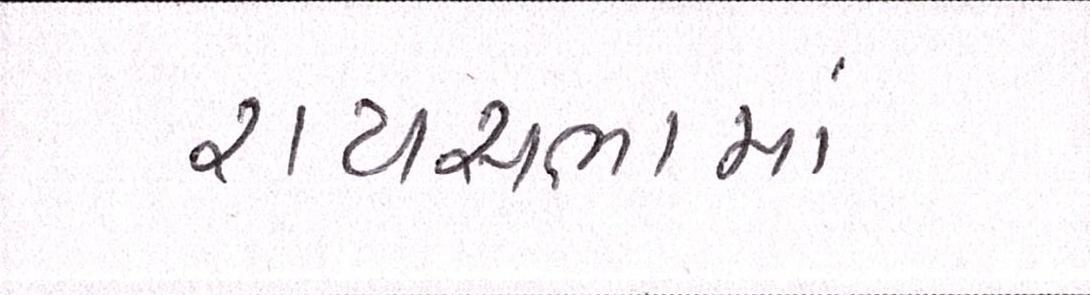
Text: રાયસભામાં